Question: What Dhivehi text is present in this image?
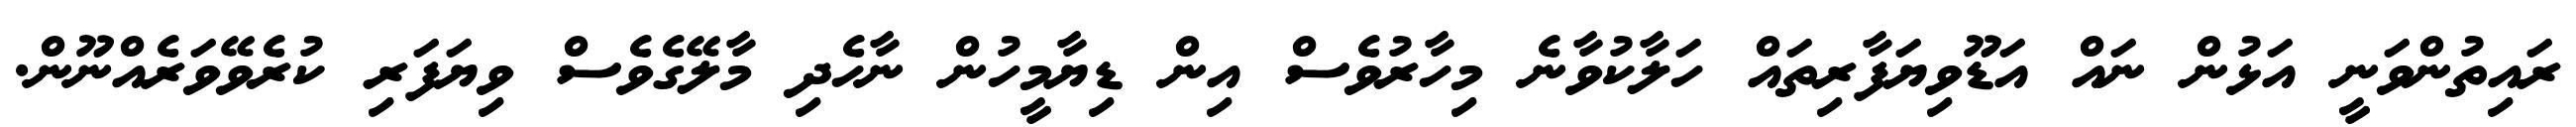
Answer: ރައިތުންވަނީ އަޅުން ނައް އަޑޫވިޔަފާރިތައް ހަލާކުވާނެ މިހާރުވެސް އިން ޑިޔާމީހުން ނާހެދި މާލޭގެވެސް ވިޔަފަރި ކުރެވޭވަރެއްނޫން.